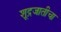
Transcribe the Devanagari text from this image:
शूद्रजातीचा